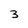
Character: 3